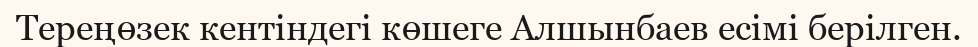
Тереңөзек кентіндегі көшеге Алшынбаев есімі берілген.